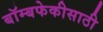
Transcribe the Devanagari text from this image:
बॉम्बफेकीसाठी